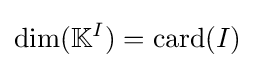
\dim(\mathbb {K} ^{I})=\operatorname {card} (I)